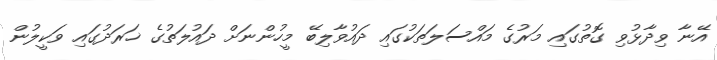
އޭނާ ވިދާޅުވި ގޮތުގައި މަރުގެ މައްސަލަތަކުގައި ދައުވާލިބޭ މީހުންނަށް ދައުލަތުގެ ޚަރަދުގައި ވަކީލުން